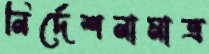
নির্দেশনামাত্র